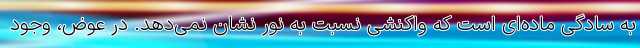
به سادگی ماده‌ای است که واکنشی نسبت به نور نشان نمی‌دهد. در عوض، وجود